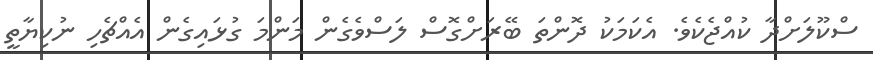
ސްކޫލަށްދާ ކުއްޖެކެވެ. އެކަމަކު ދޮންތަ ބޭރަށްގޮސް ލަސްވެގެން މަންމަ ގުޅައިގެން އެއްޗެހި ނުކިޔާތީ